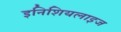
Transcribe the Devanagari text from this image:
इनिशियलाइज